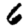
Digit: 6